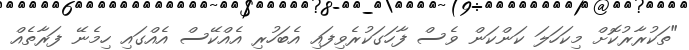
"ތަކުރާރުކޮށް މިކަހަލަ ކަންކަން ވެސް ފާހަގަކުރެވިފައި އެބަހުރި އެއްކޭސް އެއްގައި ހިމެނޭ ފަރާތެއް